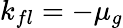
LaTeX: k_{fl}=-\mu_{g}